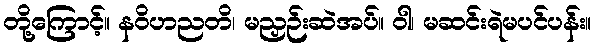
တို့ကြောင့်။ နဝိဟညတိ၊ မညှဉ်းဆဲအပ်။ ဝါ၊ မဆင်းရဲမပင်ပန်း။